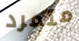
متمرد